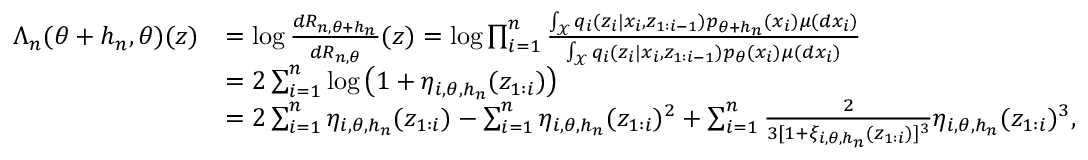
\begin{array} { r l } { \Lambda _ { n } ( \theta + h _ { n } , \theta ) ( z ) } & { = \log \frac { d R _ { n , \theta + h _ { n } } } { d R _ { n , \theta } } ( z ) = \log \prod _ { i = 1 } ^ { n } \frac { \int _ { \mathcal X } q _ { i } ( z _ { i } | x _ { i } , z _ { 1 : i - 1 } ) p _ { \theta + h _ { n } } ( x _ { i } ) \mu ( d x _ { i } ) } { \int _ { \mathcal X } q _ { i } ( z _ { i } | x _ { i } , z _ { 1 : i - 1 } ) p _ { \theta } ( x _ { i } ) \mu ( d x _ { i } ) } } \\ & { = 2 \sum _ { i = 1 } ^ { n } \log \left( 1 + \eta _ { i , \theta , h _ { n } } ( z _ { 1 : i } ) \right) } \\ & { = 2 \sum _ { i = 1 } ^ { n } \eta _ { i , \theta , h _ { n } } ( z _ { 1 : i } ) - \sum _ { i = 1 } ^ { n } \eta _ { i , \theta , h _ { n } } ( z _ { 1 : i } ) ^ { 2 } + \sum _ { i = 1 } ^ { n } \frac { 2 } { 3 [ 1 + \xi _ { i , \theta , h _ { n } } ( z _ { 1 : i } ) ] ^ { 3 } } \eta _ { i , \theta , h _ { n } } ( z _ { 1 : i } ) ^ { 3 } , } \end{array}